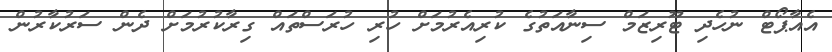
އެއާޕޯޓް ނުހެދި ޓޫރިޒަމް ސިނާއަތުގެ ކުރިއެރުމަށް ހުރި ހުރަސްތައް ގިރާކުރުމަށް ދެން ސަރުކާރުން